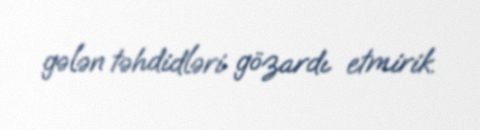
gələn təhdidləri gözardı etmirik.